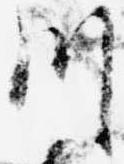
川